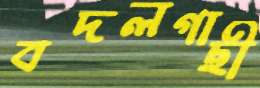
বদলগাছী